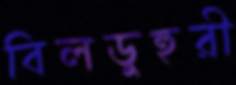
বিলডুহুরী